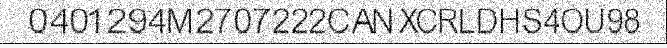
0401294M2707222CANXCRLDHS4OU98